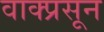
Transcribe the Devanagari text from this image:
वाक्प्रसून